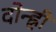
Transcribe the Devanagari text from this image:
दोन्ह्री